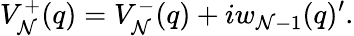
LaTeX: V_{\cal N}^{+}(q)=V_{\cal N}^{-}(q)+iw_{{\cal N}-1}(q)^{\prime}.